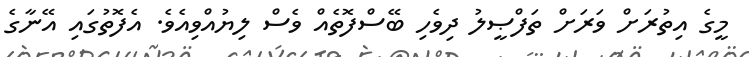
މީގެ އިތުރަށް ވަރަށް ތަފްޞީލު ދިވެހި ބޭސްފޮތެއް ވެސް ލިޔުއްވިއެވެ. އެފޮތުގައި އޭނާގެ